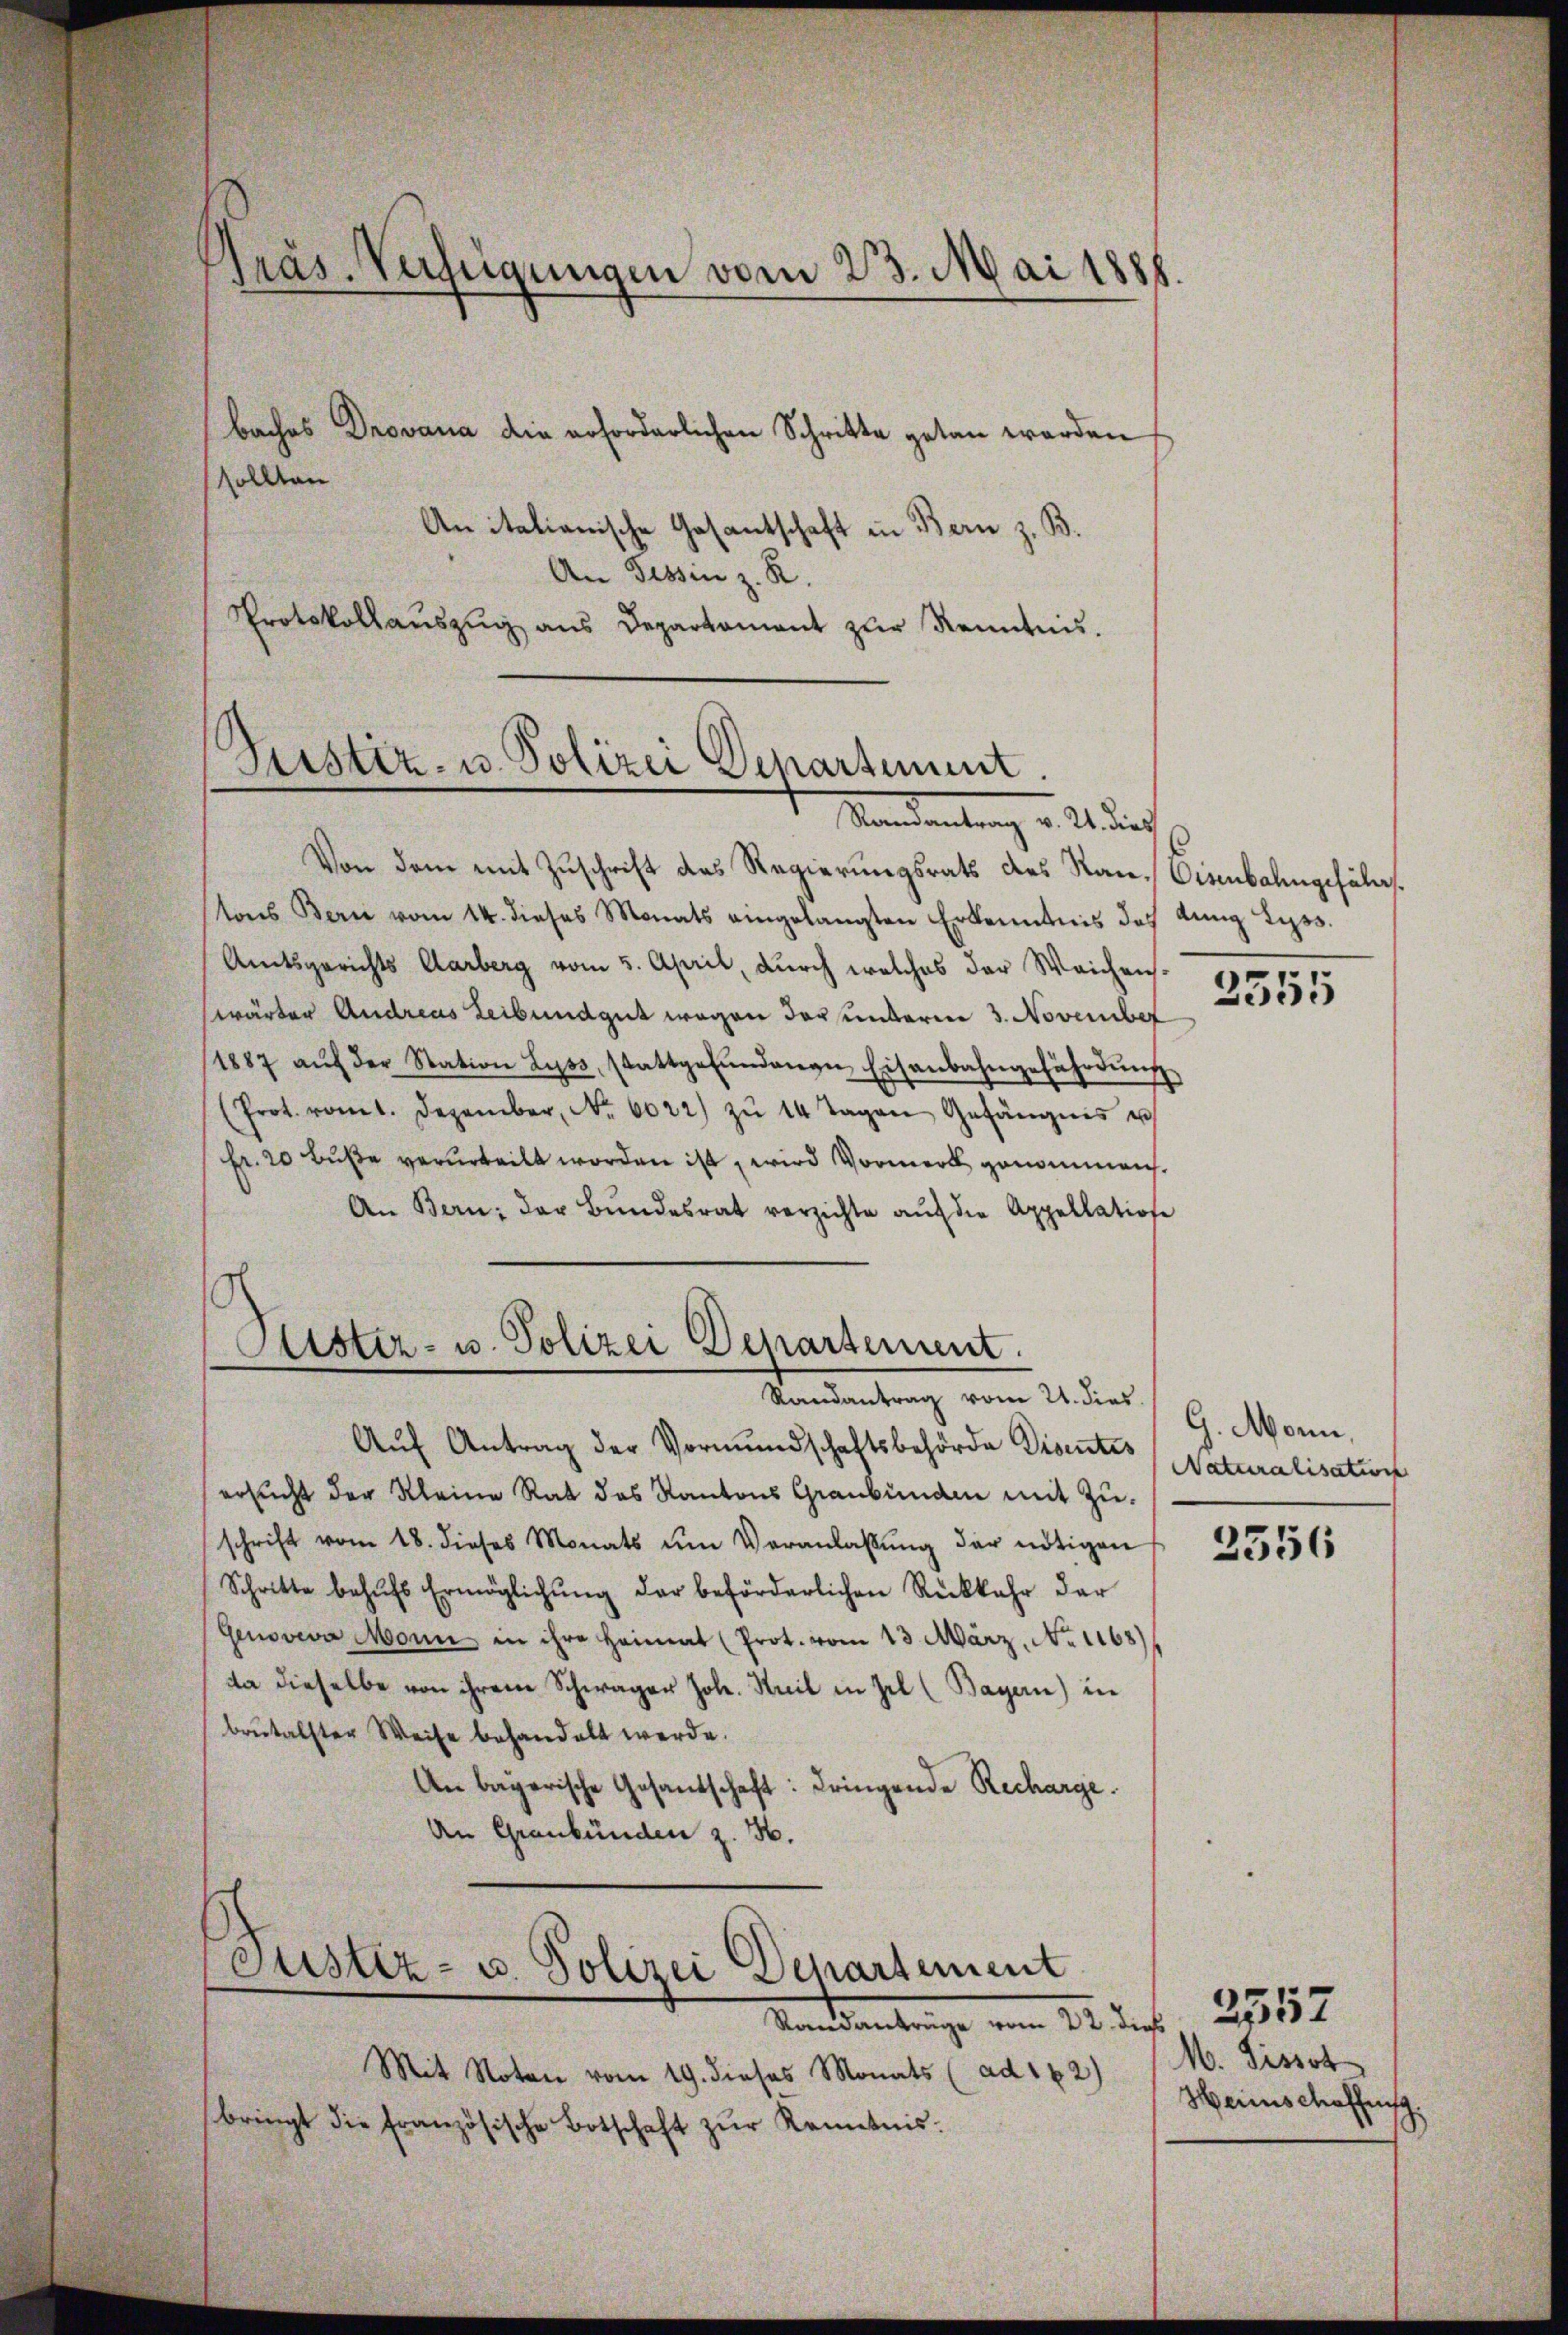
Präs. Verfügungen vom 23. Mai 1888.
baches Drovana die erforderlichen Schritte getan werden
sollten
An italianische Gasantschaft in Bern z. B.

An Tessin z. R.
Protokollaŭszŭg ans Departament zŭr Kenntnis.

Justiz- u. Polizei Departement.
Mandantrag v. U. durch

Kister- u. Polizei Departement.
Randantrag vom 21. dies

Von dem mit Zuschrift des Regierungsrats des Rau, Eisenbahngefährs.
tons Bern vom 14. dieses Monats eingelangten Erkenntnis des Anna Lyss.
Amtsgerichts Aarberg vom 5. April, durch welches der Weichenswärter Andreas Leibendgut wegen der unterm 3. November
1887 aŭf der Station Lyss, stattgefŭndenen Eisenbahngefährdŭng
(Prot. romt. Dezember, No. 6022) zŭ 14 Tagen Gefängnis u
Fr. 20 Bŭβe verurteilt worden ist, wird Vormerk genommen.
An Bern: der Bŭndesrat verzichte aŭf die Appellatione
Aŭf Antrag der Vormundschaftsbehörde Disentes
ersucht der Kleine Rat das Kantons Graubünden mit Zuschrift vom 18. dieses Monats ŭm Veranlassŭng der nötigen
Schritte behŭfs Ermöglichŭng der beförderlichen Rückkehr der
(Genoveva Monn in ihre Heimat (Prot. vom 13. März, No 1168)
da dieselbe von ihrem Schwager Joh. Keil in Zel (Bayern) in
brutalster Weise behandelt werde.
An bagerische Gesandschaft: dringende Recharge.
An Graubünden z. B.
Justiz- u. Polizei Departement
Mandantrage vom 22. Dez. 2582.
Mit Noten vom 19. dieses Monats (ad 162) (M. Pissot
bringt die französische Botschaft zŭr Kenntnis:

2555

G. Monn,
Naturalisation

2556

Heinschaffens